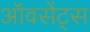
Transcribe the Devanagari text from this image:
ऑवसेंट्स